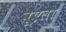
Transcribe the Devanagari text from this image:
वूएला